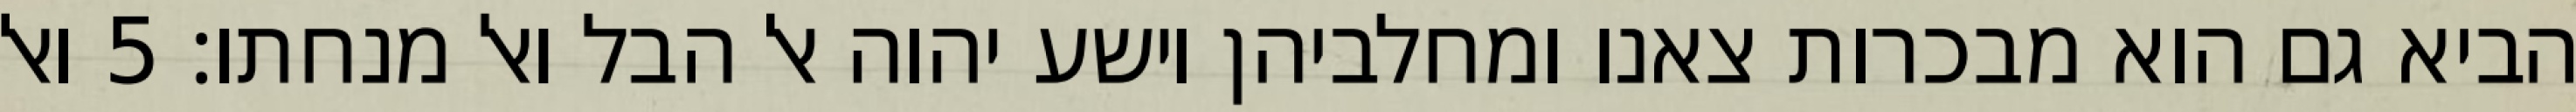
הביא גם הוא מבכרות צאנו ומחלביהן וישע יהוה אל הבל ואל מנחתו׃ ‎5‏ ואל